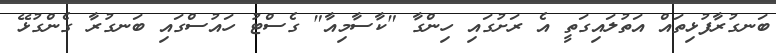
ބަނގުރާފުޅިތައް އަތުލައިގަތީ އެ ރަށުގައި ހިންގާ "ކާސާމިއާ" ގެސްޓު ހައުސްގައި ބަނގުރާ ގެންގުޅޭ